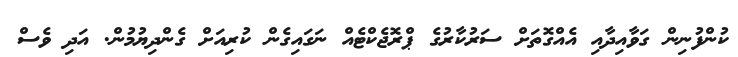
ކުންފުނިން ގަވާއިދާއި އެއްގޮތަށް ސަރުކާރުގެ ޕްރޮޖެކްޓެއް ނަގައިގެން ކުރިއަށް ގެންދިޔުމުން. އަދި ވެސް